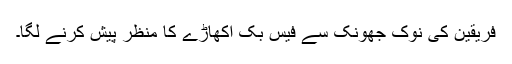
فریقین کی نوک جھونک سے فیس بک اکھاڑے کا منظر پیش کرنے لگا۔